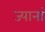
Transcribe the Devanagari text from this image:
ज्यानां